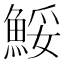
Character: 鮾